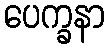
ပေက္ခနာ